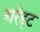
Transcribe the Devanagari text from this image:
अरेंड्ट